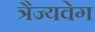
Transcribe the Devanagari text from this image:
त्रैज्यवेग